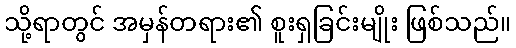
သို့ရာတွင် အမှန်တရား၏ စူးရှခြင်းမျိုး ဖြစ်သည်။